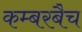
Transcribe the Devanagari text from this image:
कम्बरबैच